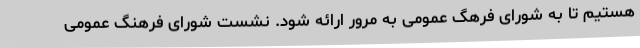
هستیم تا به شورای فرهگ عمومی به مرور ارائه شود. نشست شورای فرهنگ عمومی